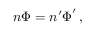
n \boldsymbol \Phi = n ^ { \prime } \boldsymbol \Phi ^ { \prime } \, ,